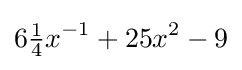
6{\tfrac {1}{4}}x^{-1}+25x^{2}-9